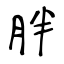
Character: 胖